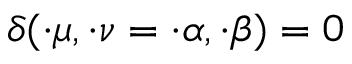
\delta ( \cdot \mu , \cdot \nu = \cdot \alpha , \cdot \beta ) = 0